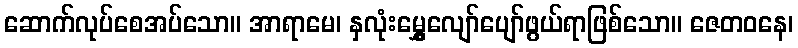
ဆောက်လုပ်စေအပ်သော။ အာရာမေ၊ နှလုံးမွှေ့လျော်ပျော်ဖွယ်ရာဖြစ်သော။ ဇေတဝနေ၊